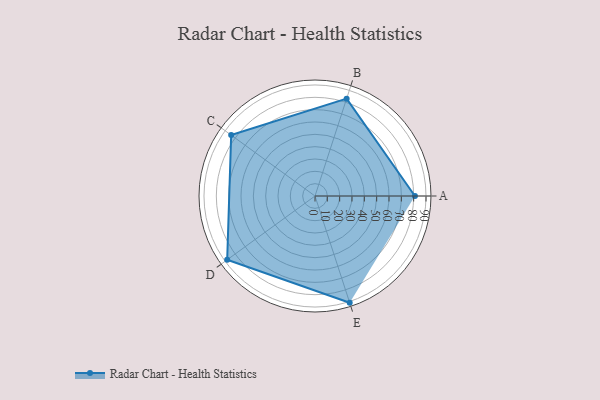
{"axis": {"x": "Skill", "y": "Score"}, "legend": ["Profile"], "data": [{"x": "A", "y": 81.0, "type": "Profile"}, {"x": "B", "y": 83.0, "type": "Profile"}, {"x": "C", "y": 84.0, "type": "Profile"}, {"x": "D", "y": 88.0, "type": "Profile"}, {"x": "E", "y": 91.0, "type": "Profile"}]}